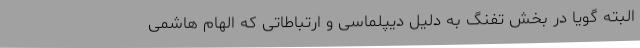
البته گویا در بخش تفنگ به دلیل دیپلماسی و ارتباطاتی که الهام هاشمی